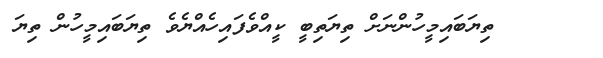
٣٦     ތިޔަބައިމީހުންނަށް ތިޔަތިބީ ކީއްވެފައިހެއްޔެވެ ތިޔަބައިމީހުން ތިޔަ